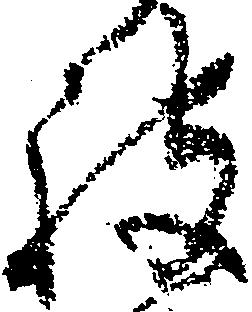
被